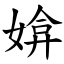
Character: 媕